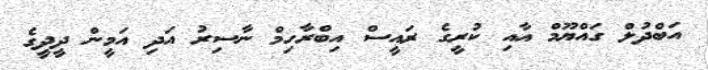
އަބްދުލް ގައްޔޫމް އާއި ކުރީގެ ރައީސް އިބްރާހިމް ނާސިރު އަދި އަމީން ދީދީގެ